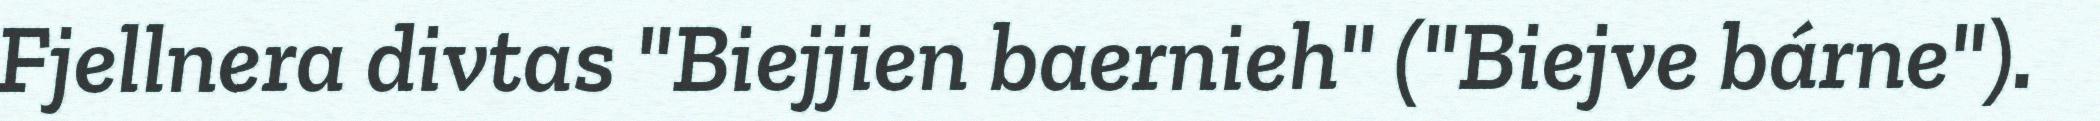
Fjellnera divtas "Biejjien baernieh" ("Biejve bárne").